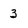
Character: 3